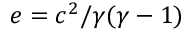
e = c ^ { 2 } / \gamma ( \gamma - 1 )